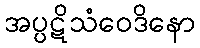
အပ္ပဋိသံဝေဒိနော